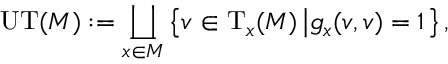
\mathrm { U T } ( M ) : = \coprod _ { x \in M } \left\{ v \in \mathrm { T } _ { x } ( M ) \left| g _ { x } ( v , v ) = 1 \right. \right\} ,